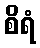
စိရံ